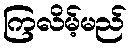
ကြလိမ့်မည်